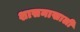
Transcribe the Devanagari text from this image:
शासनाखाली